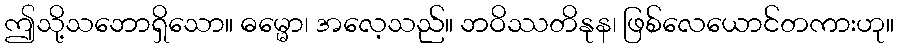
ဤသို့သဘောရှိသော။ ဓမ္မော၊ အလေ့သည်။ ဘဝိဿတိနုန၊ ဖြစ်လေယောင်တကားဟု။